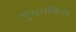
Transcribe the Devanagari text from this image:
मुसतकिल